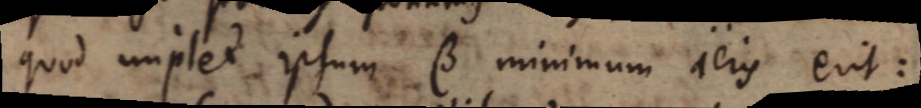
quod implet ipsum β minimum aeris erit: